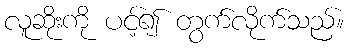
လူဆိုးကို ပင့်၍ တွက်လိုက်သည်။